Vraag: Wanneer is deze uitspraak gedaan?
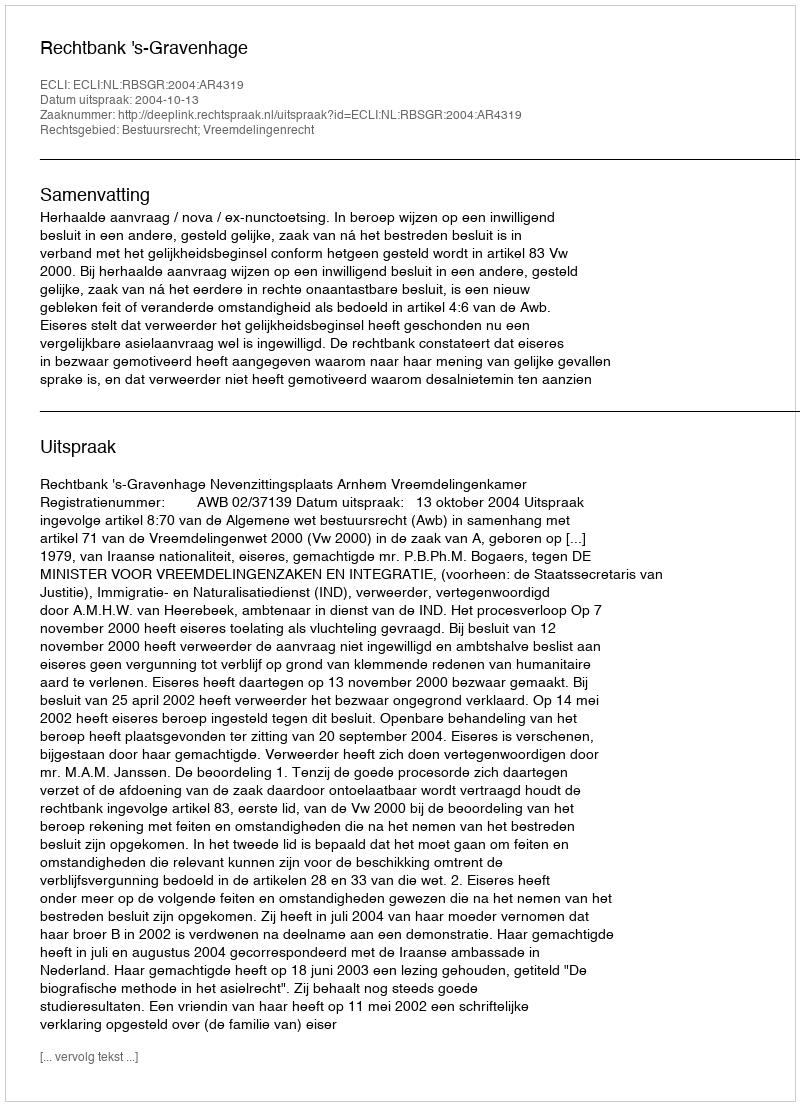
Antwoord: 2004-10-13